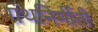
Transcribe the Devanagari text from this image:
ग्रंथनिर्मीती